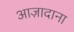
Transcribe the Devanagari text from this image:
आज़ादाना